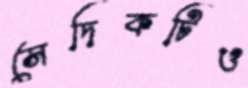
সেদিকটিও